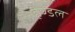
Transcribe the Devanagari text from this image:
हैण्डल